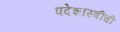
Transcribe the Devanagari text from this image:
पदेशास्त्रींची